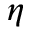
\eta